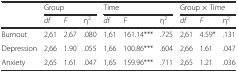
|  | <COLSPAN=3> Group | <COLSPAN=3> Time | <COLSPAN=3> Group × Time |
 |  | df | F | η2 | df | F | η2 | df | F | η2 |
 | --- | --- | --- | --- | --- | --- | --- | --- | --- | --- |
 | Burnout | 2,61 | 2.67 | .080 | 1,61 | 161.14*** | .725 | 2,61 | 4.59* | .131 |
 | Depression | 2,66 | 1.90 | .055 | 1,66 | 100.86*** | .604 | 2,66 | 1.61 | .047 |
 | Anxiety | 2,65 | 1.61 | .047 | 1,65 | 159.96*** | .711 | 2,65 | 1.21 | .036 |